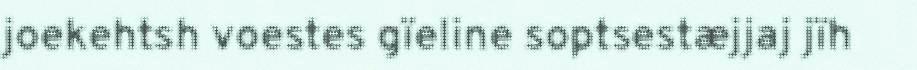
joekehtsh voestes gïeline soptsestæjjaj jïh